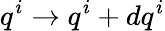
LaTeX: q^{i}\rightarrow q^{i}+dq^{i}